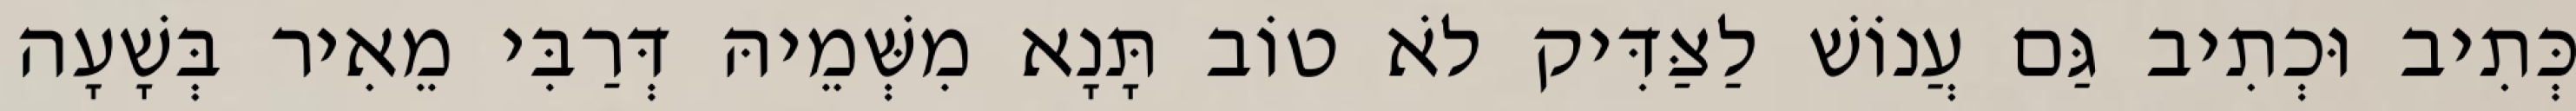
כְּתִיב וּכְתִיב גַּם עֲנוֹשׁ לַצַּדִּיק לֹא טוֹב תָּנָא מִשְּׁמֵיהּ דְּרַבִּי מֵאִיר בְּשָׁעָה